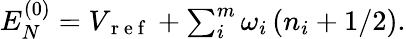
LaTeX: \begin{array}{r}{E_{N}^{(0)}=V_{\mathrm{~r~e~f~}}+\sum_{i}^{m}\omega_{i}\left(n_{i}+1/2\right).}\end{array}